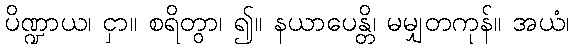
ပိဏ္ဍာယ၊ ငှာ။ စရိတွာ၊ ၍။ နယာပေန္တိ၊ မမျှတကုန်။ အယံ၊